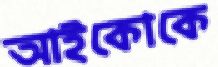
আইকোকে